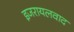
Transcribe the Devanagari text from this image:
इजरायलवाद